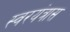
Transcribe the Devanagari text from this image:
स्वरयंत्रास